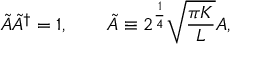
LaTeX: \tilde { A } \tilde { A } ^ { \dagger } = 1 , \qquad \tilde { A } \equiv 2 ^ { \frac { 1 } { 4 } } \sqrt { \frac { \pi K } { L } } A ,